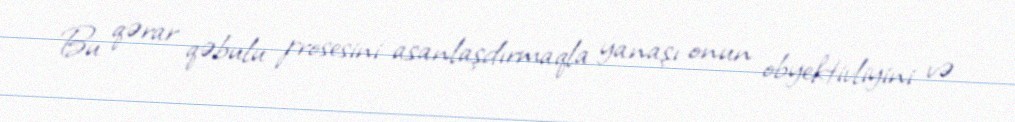
Bu qərar qəbulu prosesini asanlaşdırmaqla yanaşı onun obyektivliyini və